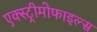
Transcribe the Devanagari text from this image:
एक्स्ट्रीमोफाइल्स